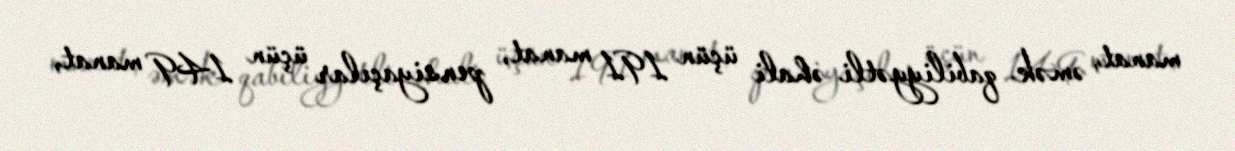
manat, əmək qabiliyyətli əhali üçün 191 manat, pensiyaçılar üçün 149 manat,